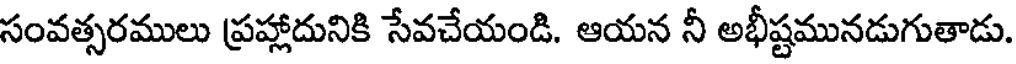
సంవత్సరములు ప్రహ్లాదునికి సేవచేయండి. ఆయన నీ అభీష్టమునడుగుతాడు.